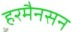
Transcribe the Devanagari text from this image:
हरमैनसन